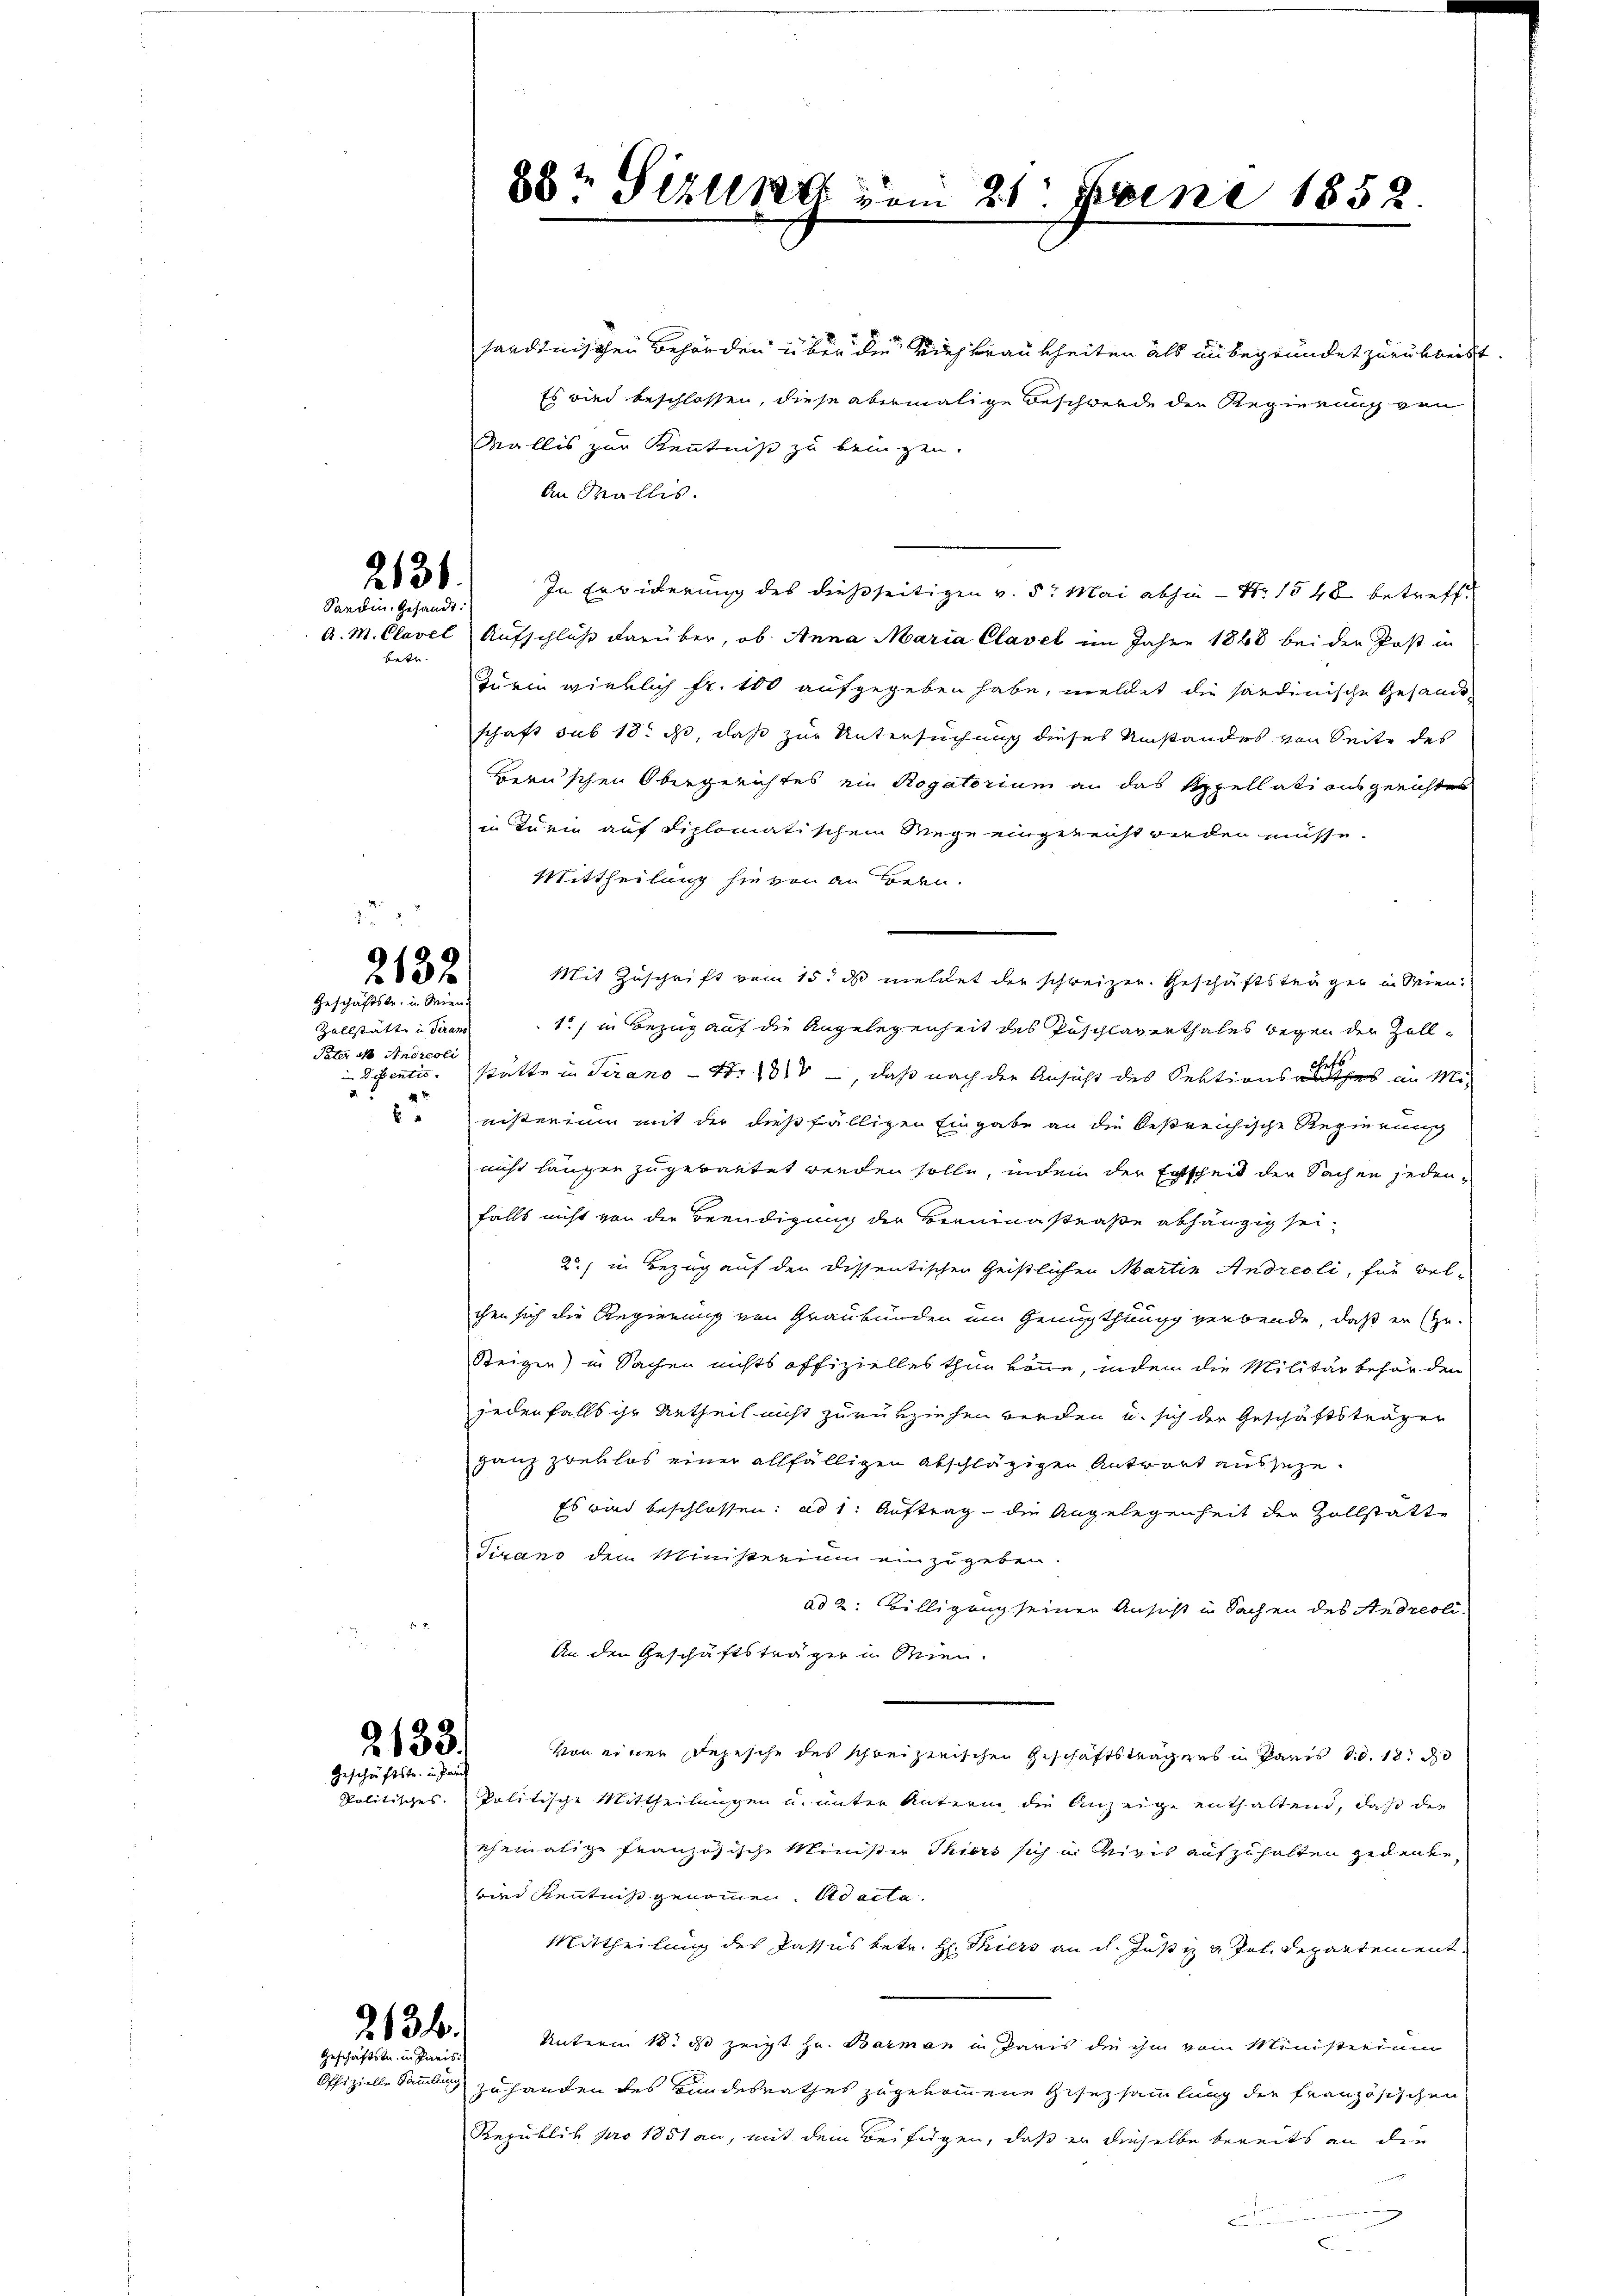
2136.
Sardingesandt:

betr.

2132
Geschäftstr. in Wien

Zollstätte in Trans
Pater N. Andreoli
d

2133.
Geschäftste. in da

saadinischen Behörden über die Rede Frau kheiten als unbegründet zurükbeist.
Es wird beschlossen, diese abermalige Beschwerde der Regierung von
Wallis zur Kenntniß zu bringen.
An Wallis.
In Erwiderung des dießseitigen v. 5. Mai abhin – Nr. 1548 betreff
A. M. Clavel Aufschluß darüber, ob Anna Maria Clavel im Jahre 1848 bei der Post in
zurin wirklich fr. 100 aufgegeben habe, meldet die sardinische Gesandschaft sub 18t ist, daß zur Untersuchung dieses Umstandes von Seite des
Hernschen Obergerichtes ein Rogatorium an das Appellationsgerichtes
in Kurie auf diplomatischem Wege eingereicht werden müsse.
Mittheilung hievon an Bern.
1) in Bezug auf die Angelegenheit des Pöschlaverthales wegen der Zollin Detentis. Stätte in Tirano - 4. 1810, daß nach der Ansicht des Sektionsaltes in Ministerium mit der dießfälligen Eingabe an die bestreichische Regierung
nicht länger zugebautet werden solle, indem der Entscheit der Sachen jedenfalls nicht von der Beendigung der Berninastraße abhängig sei¬
2) in Bezug auf den dissentischen Geistlichen Martin Andreoli, für wel-
chen sich die Regierung von Graubünden ein Genugthung verbende, daß er ste
Steigen) in Sachen nichts offizielles thun könne, indem die Militär beförden
jedenfalls ihr Urtheil nicht zurükziehen werden u. sich der Geschäftsträger
ganz zweklos einer allfälligen Abschlägigen Antwort ausseze
Es wird beschlossen: ad 1. Auftrag die Angelegenheit der Zollstatte
Tirano dem Ministerium einzugeben.
ad 2. Billigung seinen Ansicht in Sachen des Andreoli-
An den Geschäftsträger in Mien.
Von einer Depesche des schweizerischen Geschäftsträgers in Paris d.d. 18. d
Politisches Politische Mittheilungen u. unter Unterm die Anzeige enthaltend, daß die
ehemalige französische Minister Thiers sich in Vivis aufzuhalten gedenke,
wird Kenntniß genommen. ad acta.
Mittheilung des Passus betr. H. Thiers an dh. Justiz & Jel. Departement,
Unterm 13t ds zeigt Hr. Barmen in Paris die ihm vom Ministerium
Offizielle Sammlung zu handen des Bandesrathes zugekommene Gesetzsammlung die französischen
Republik pro 1851 an, mit dem Beifügen, daß er dieselbe bereits an die
B

2. 134.
Geschäftstr. in Paris.

88te Sellner vom 21. Juni 1852.

Mit Zuschrift vom 15. ds meldet der schweizer. Geschäftsträger in Wien.